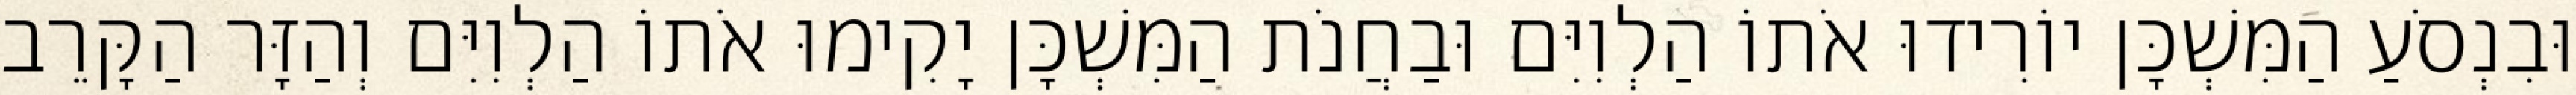
וּבִנְסֹעַ הַמִּשְׁכָּן יוֹרִידוּ אֹתוֹ הַלְוִיִּם וּבַחֲנֹת הַמִּשְׁכָּן יָקִימוּ אֹתוֹ הַלְוִיִּם וְהַזָּר הַקָּרֵב